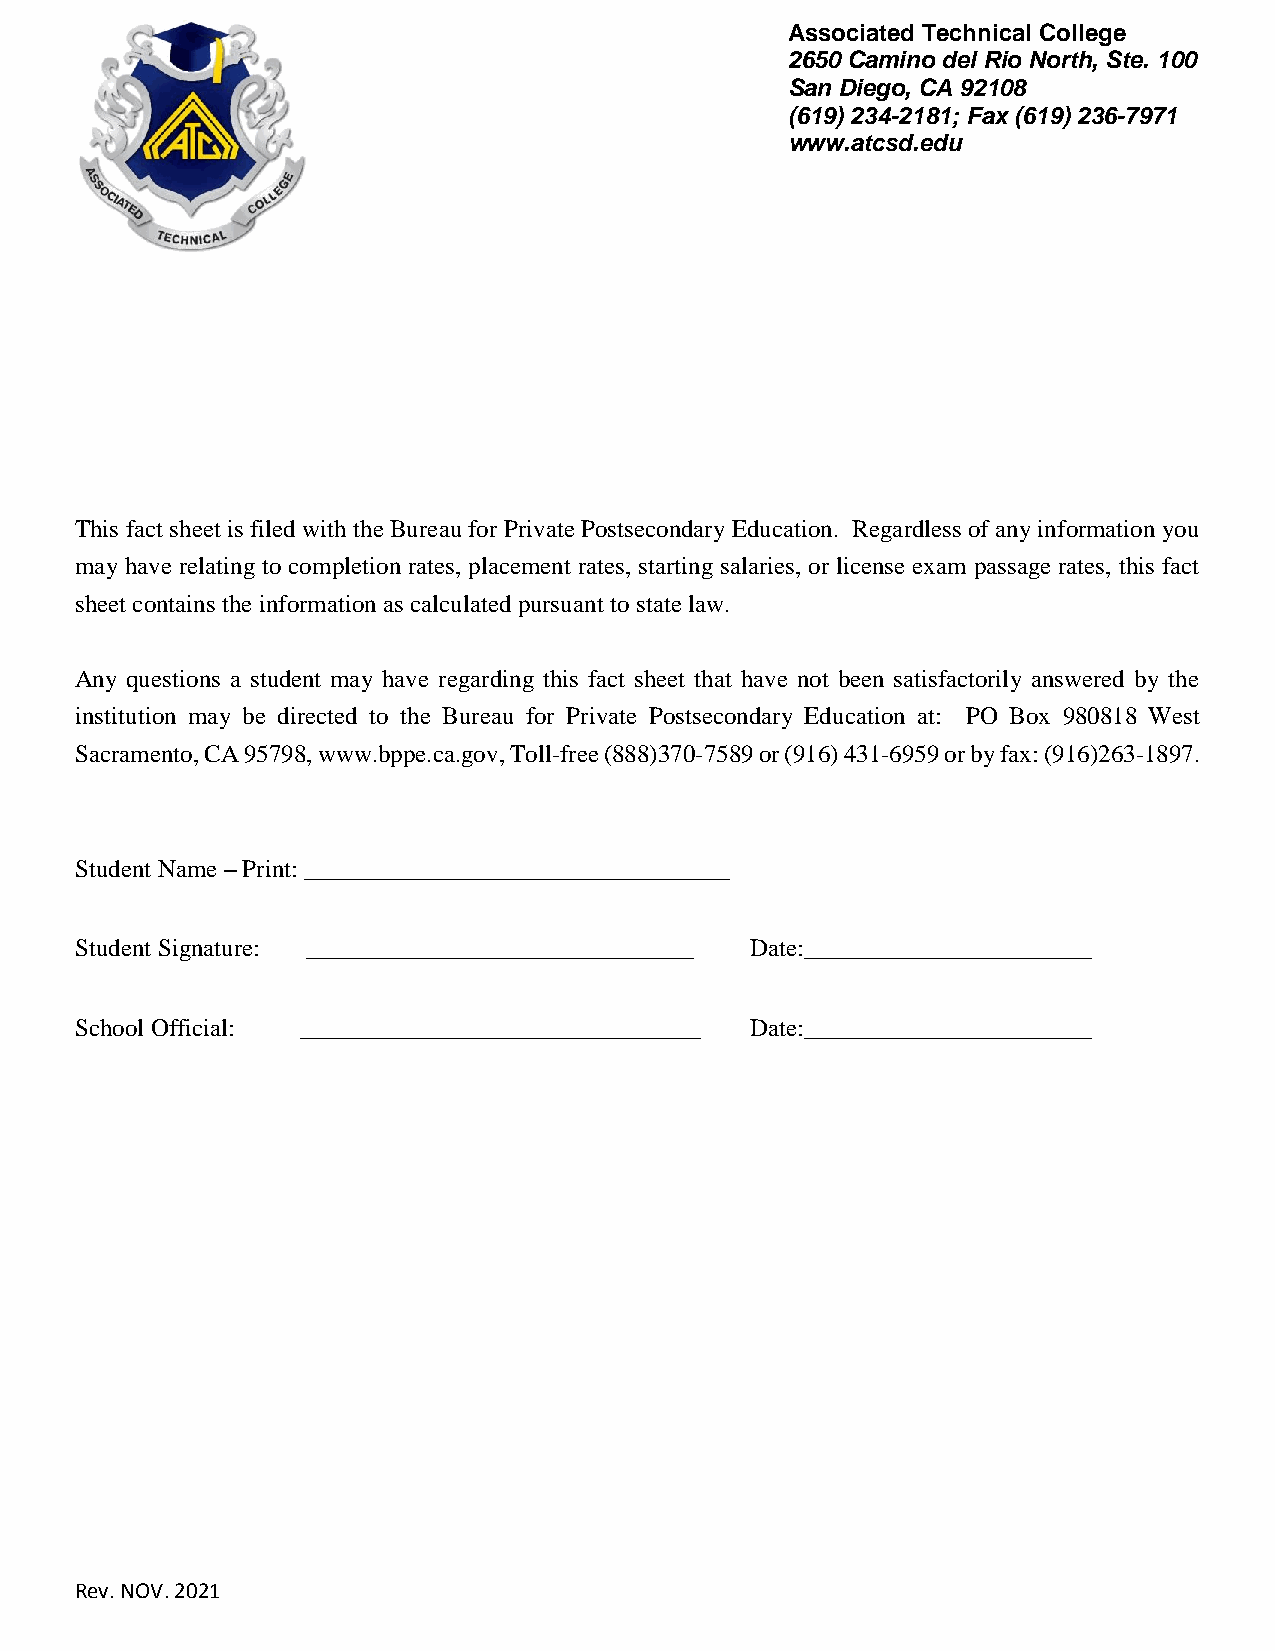
Associated Technical College
 2650 Camino del Rio North, Ste. 100
 San Diego, CA 92108
 (619) 234-2181; Fax (619) 236-7971
 www.atcsd.edu
 This fact sheet is filed with the Bureau for Private Postsecondary Education. Regardless of any information you
 may have relating to completion rates, placement rates, starting salaries, or license exam passage rates, this fact
 sheet contains the information as calculated pursuant to state law.
 Any questions a student may have regarding this fact sheet that have not been satisfactorily answered by the
 institution may be directed to the Bureau for Private Postsecondary Education at: PO Box 980818 West
 Sacramento, CA 95798, www.bppe.ca.gov, Toll-free (888)370-7589 or (916) 431-6959 or by fax: (916)263-1897.
 Student Name – Print: __________________________________
 Student Signature: _______________________________ Date:_______________________
 School Official: ________________________________ Date:_______________________
 Rev. NOV. 2021